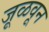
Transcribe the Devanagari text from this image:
जूळवून